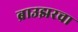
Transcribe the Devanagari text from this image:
ब्राउझरचा